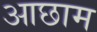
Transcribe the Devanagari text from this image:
आछाम